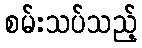
စမ်းသပ်သည့်